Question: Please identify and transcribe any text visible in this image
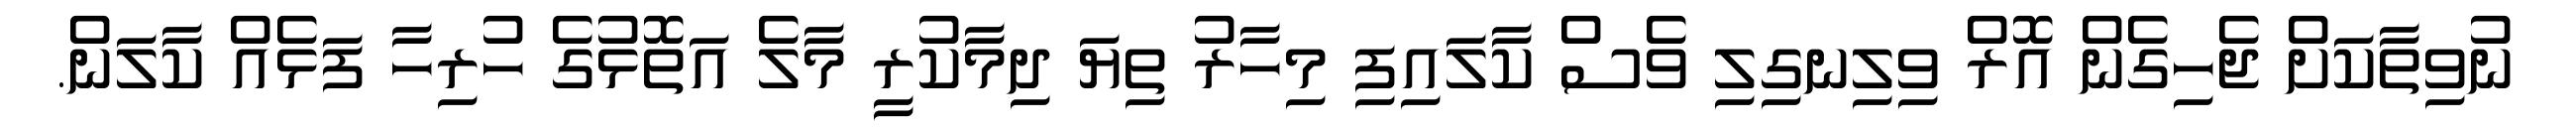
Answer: ނުވިތާކަށް ޖެހިގެން އޮރް ވިލިނގިލި ވެސް ކާލައިފި މިހާރު ތިޔަ ދިމާކުރީ މާލެ އަތޮޅުގެ ހުރިހާ ފަޅެއް ކާލަން.